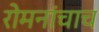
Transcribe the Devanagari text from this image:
रोमनांचाच